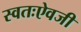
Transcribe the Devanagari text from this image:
स्वतःऐवजी